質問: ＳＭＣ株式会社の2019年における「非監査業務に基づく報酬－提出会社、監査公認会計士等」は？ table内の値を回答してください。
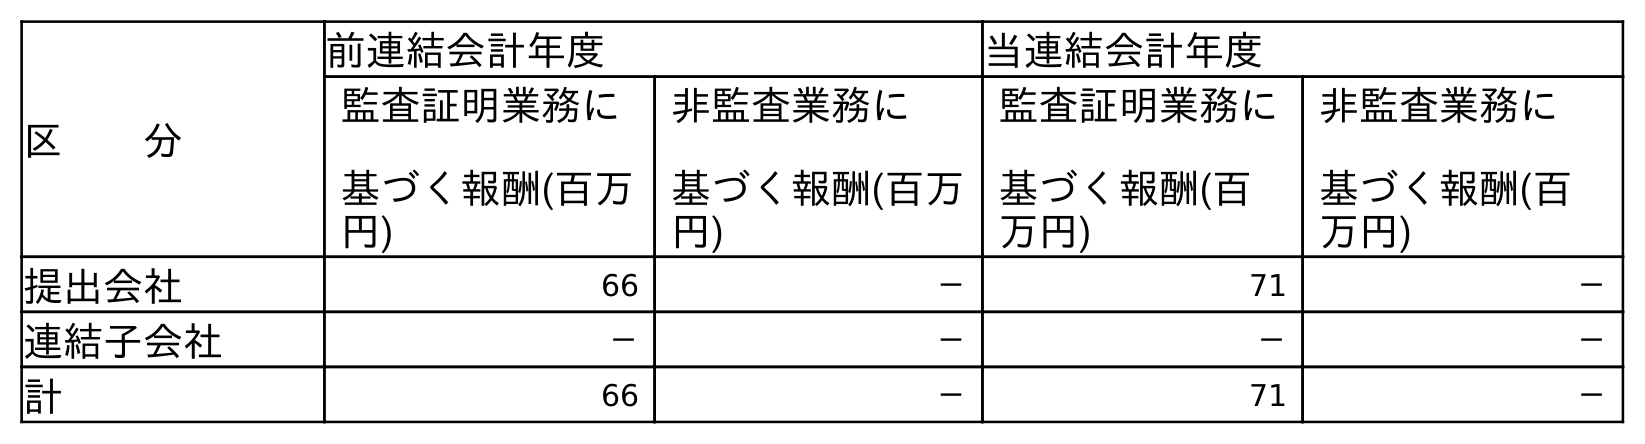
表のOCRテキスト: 区  分 前連結会計年度 当連結会計年度 監査証明業務に 基づく報酬(百万 円) 非監査業務に 基づく報酬(百万 円) 監査証明業務に 基づく報酬(百 万円) 非監査業務に 基づく報酬(百 万円) 提出会社 66 － 71 － 連結子会社 － － － － 計 66 － 71 －
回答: －